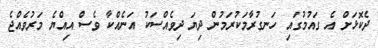
ދެކޮޅަށް އެ ގައުމުގައި ހަނގުރާމަކުރަމުން ދިޔަ ދިވެއްސަކު އަނެއްކާ ވެސް އިއްޔެ މަރުވެއްޖެ